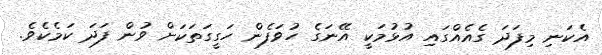
އެކަނި މިފަދަ ގެއެއްގައި އުޅުމަކީ އޭނަގެ ހުވަފެން ހަގީގަތަކަށް ވުން ފަދަ ކަމެކެވެ.